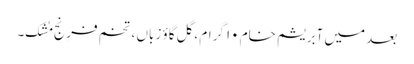
بعد میں آبریشم خام ۱۰ گرام ،گل گاؤ زباں ، تخم فرِنج مُشک۔